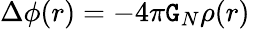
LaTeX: \Delta\phi(r)=-4\pi\mathtt{G}_{N}\rho(r)\; \; \;